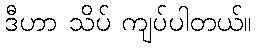
ဒီဟာ သိပ် ကျပ်ပါတယ်။